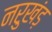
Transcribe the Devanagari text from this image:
नरुखंड़